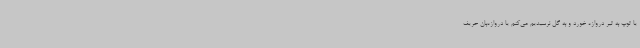
یا توپ به تیر دروازه خورد و به گل نرسیدیم می‌کنم یا دروازه‌بان حریف